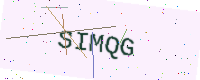
Text: SIMQG